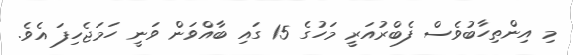
މި އިންތިހާބުވެސް ފެބްރުއަރީ މަހުގެ 15 ގައި ބާއްވަން ވަނީ ހަމަޖެހިފަ އެވެ.